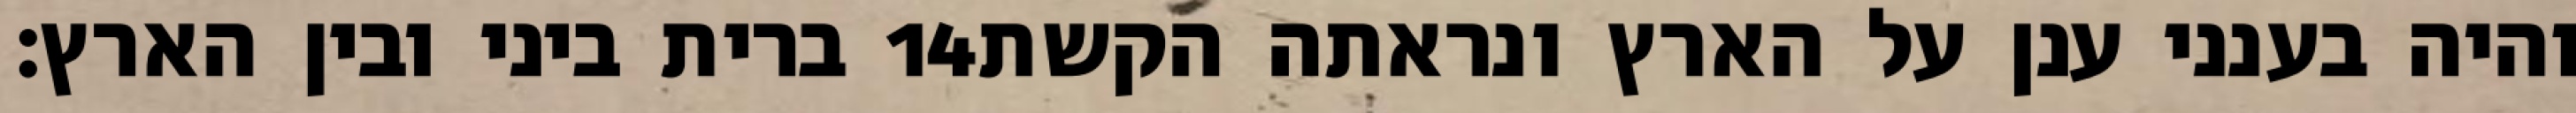
ברית ביני ובין הארץ׃ ‎14‏ והיה בענני ענן על הארץ ונראתה הקשת